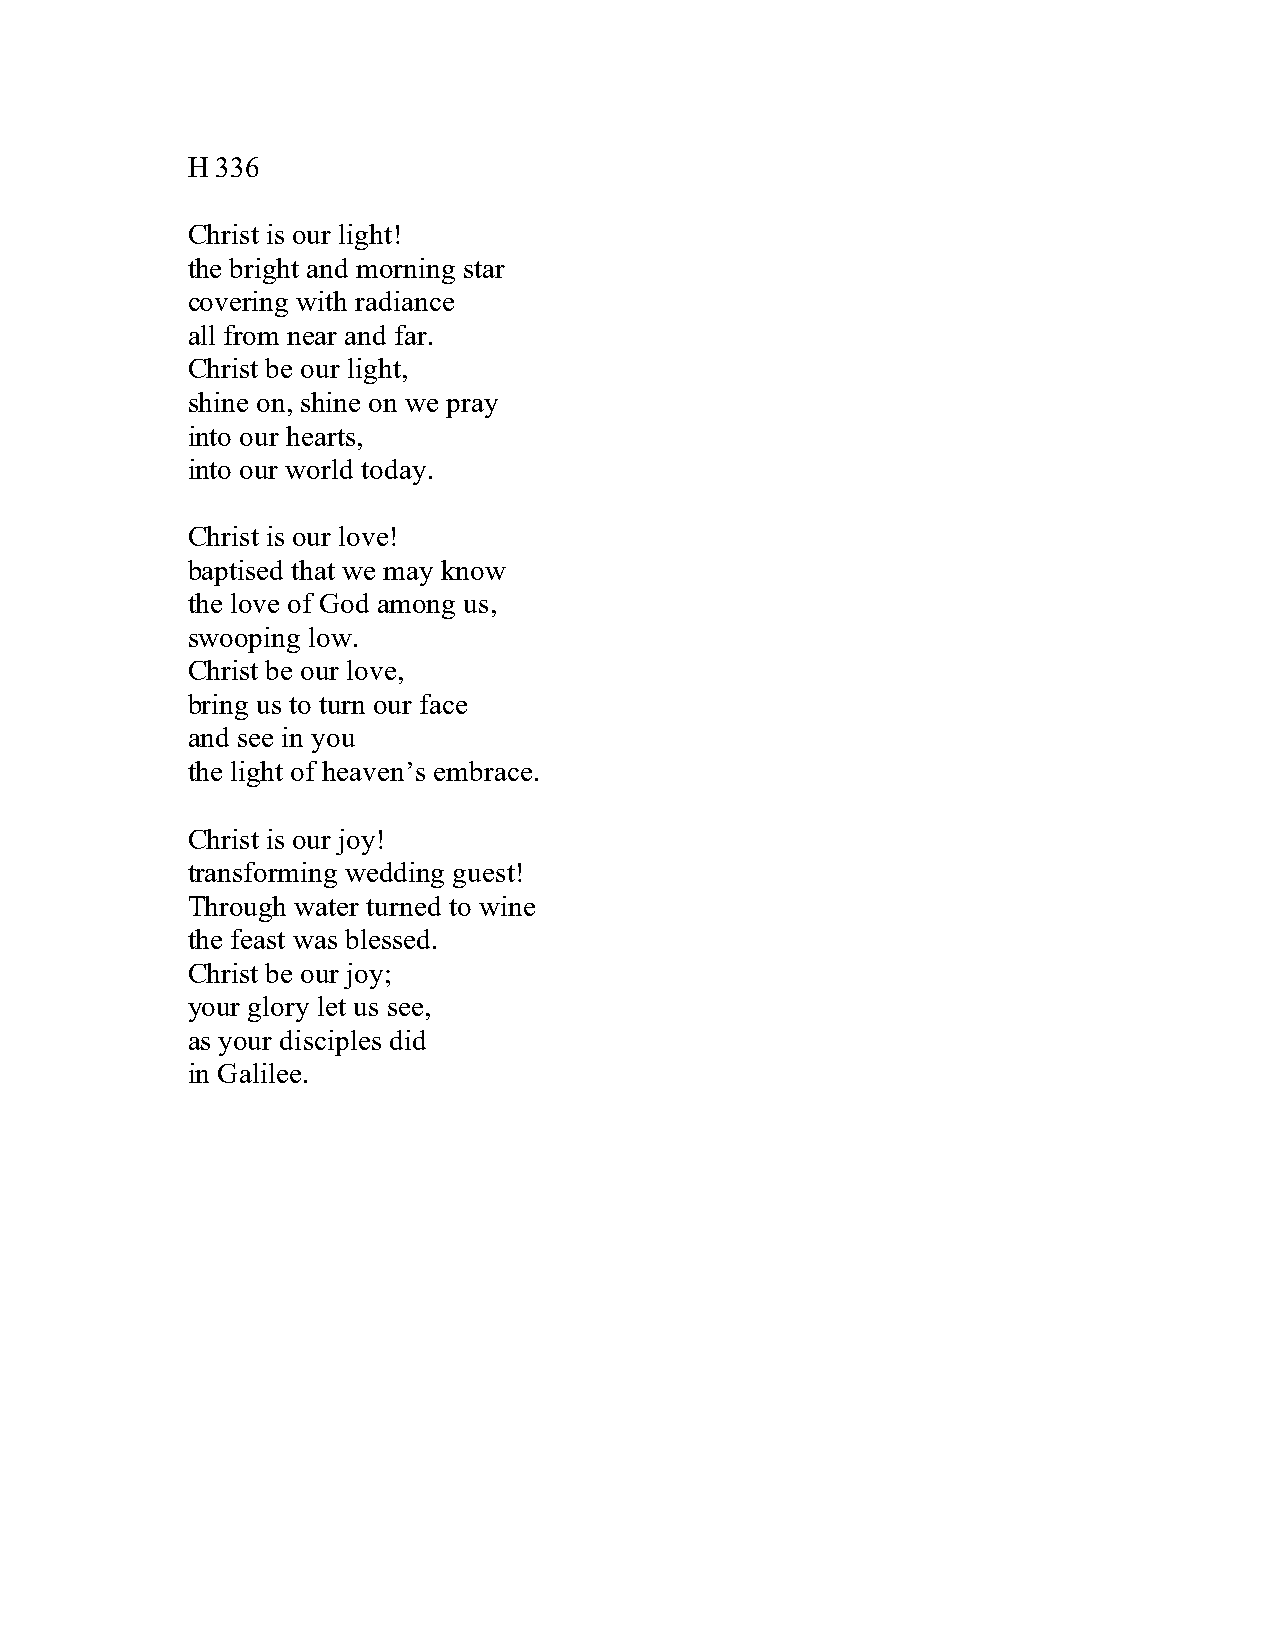
H 336
 Christ is our light!
 the bright and morning star
 covering with radiance
 all from near and far.
 Christ be our light,
 shine on, shine on we pray
 into our hearts,
 into our world today.
 Christ is our love!
 baptised that we may know
 the love of God among us,
 swooping low.
 Christ be our love,
 bring us to turn our face
 and see in you
 the light of heaven’s embrace.
 Christ is our joy!
 transforming wedding guest!
 Through water turned to wine
 the feast was blessed.
 Christ be our joy;
 your glory let us see,
 as your disciples did
 in Galilee.